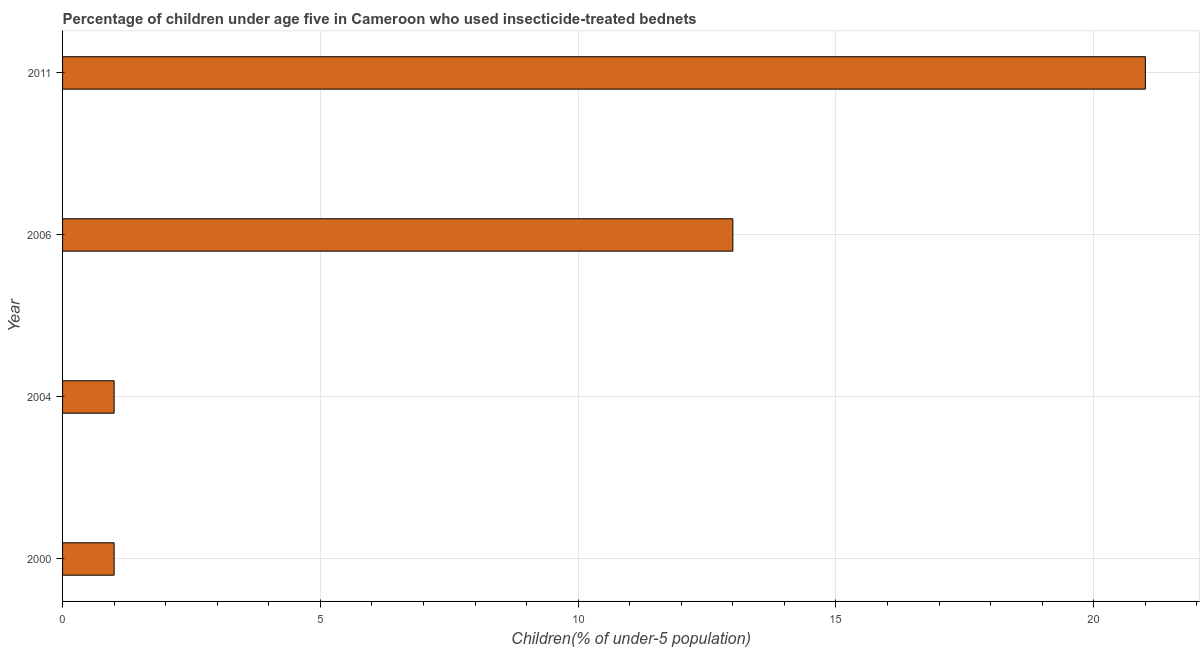
| Year | Use of insecticide-treated bed nets (% of under-5 population) |
 | --- | --- |
 | 2000 | 1 |
 | 2004 | 1 |
 | 2006 | 13 |
 | 2011 | 21 |